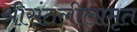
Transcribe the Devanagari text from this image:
श्रीसंतलीलामृत